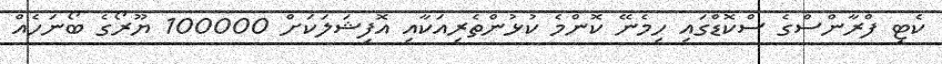
ކެޓި ފްރާންސްގެ ސްކޮޑްގައި ހިމެނޭ ކޮންމެ ކުޅުންތެރިއަކާއި އޮފިޝަލަކަށް 100000 ޔޫރޯގެ ބޯނަހެއް